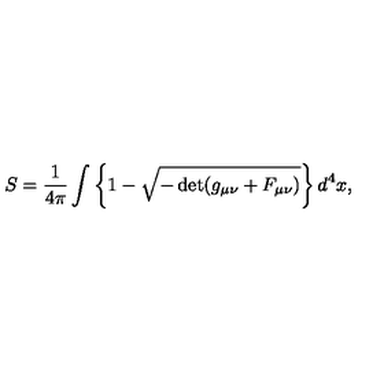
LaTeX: S = \frac { 1 } { 4 \pi } \int \left\{ 1 - \sqrt { - \det ( g _ { \mu \nu } + F _ { \mu \nu } ) } \right\} d ^ { 4 } x ,